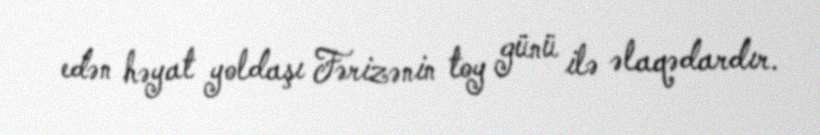
edən həyat yoldaşı Fərizənin toy günü ilə əlaqədardır.